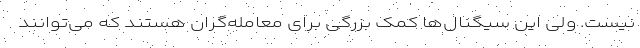
نیست. ولی این سیگنال‌ها کمک بزرگی برای معامله‌گران هستند که می‌توانند